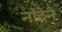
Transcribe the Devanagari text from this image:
नादेने